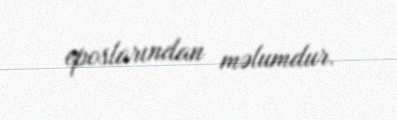
eposlarından məlumdur.